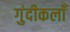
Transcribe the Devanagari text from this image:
गुंदीकलाँ